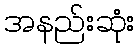
အနည်းဆုံး